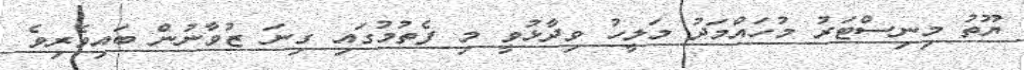
ޔޫތު މިނިސްޓަރު މުހައްމަދު މަލީހު ވިދާޅުވީ މި ފެތުމުގައި ގިނަ ޒުވާނުން ބައިވެރިވެ